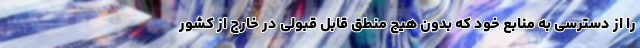
را از دسترسی به منابع خود که بدون هیچ منطق قابل قبولی در خارج از کشور